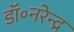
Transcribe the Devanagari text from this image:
डॉ॰नरेन्द्र